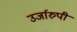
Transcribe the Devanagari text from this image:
उर्जारुपी